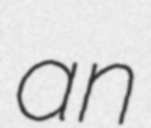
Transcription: an